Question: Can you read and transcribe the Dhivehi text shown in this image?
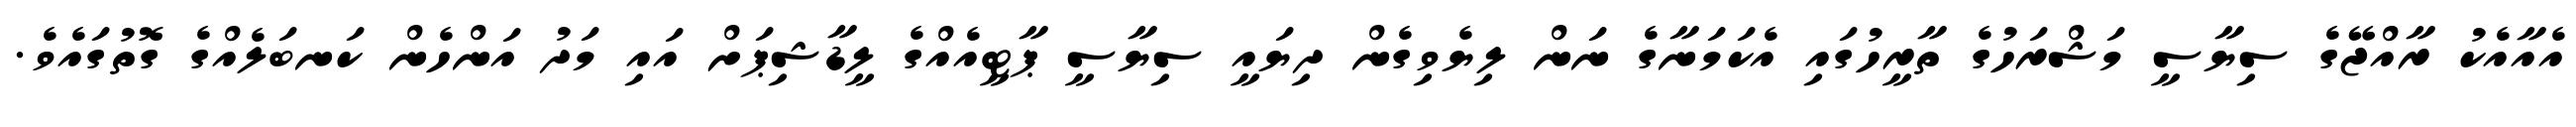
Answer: އެއާއެކު ރާއްޖޭގެ ސިޔާސީ މަޝްރަހުގެ ތާރީހުގައި އެކަމަނާގެ ނަން ލިޔެވިގެން ދިޔައީ ސިޔާސީ ޕާޓީއެއްގެ ލީޑާޝިޕަށް އައި މަދު އަންހެން ކަނބަލެއްގެ ގޮތުގައެވެ.